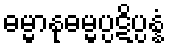
ဓမ္မာနုဓမ္မပ္ပဋိပ္ပန္နံ